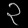
Digit: ၃